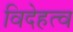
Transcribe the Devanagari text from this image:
विदेहत्व